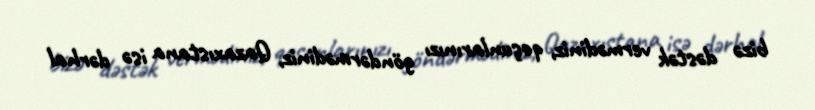
bizə dəstək vermədiniz, qoşunlarınızı göndərmədiniz, Qazaxıstana isə dərhal